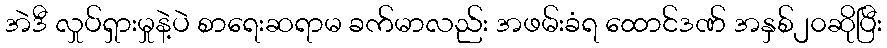
အဲဒီ လှုပ်ရှားမှုနဲ့ပဲ စာရေးဆရာမ ခက်မာလည်း အဖမ်းခံရ ထောင်ဒဏ် အနှစ်၂၀ဆိုပြီး